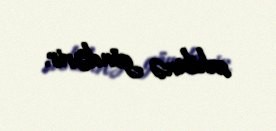
sahibinə göndərir.